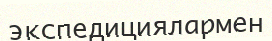
экспедициялармен